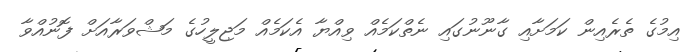
އިމުގެ ތެރެއިން ކަމަށާއި ގާނޫނުގައި ނެތްކަމެއް ވިއްޔާ އެކަމެއް މަޖިލީހުގެ މަޝްވަރާއަށް ފޮނުއްވާ